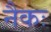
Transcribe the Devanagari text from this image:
नैकः